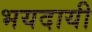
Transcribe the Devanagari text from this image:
भयदायी